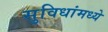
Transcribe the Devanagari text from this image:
सुविधांमध्ये